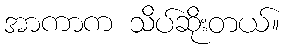
အာကာက သိပ်ဆိုးတယ်။